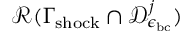
\mathcal { R } ( \Gamma _ { \mathrm { s h o c k } } \cap \mathcal { D } _ { \epsilon _ { \mathrm { b c } } } ^ { j } )